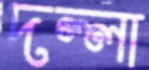
দল্লা